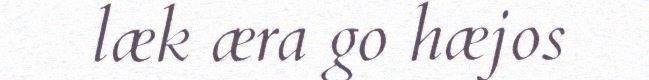
læk æra go hæjos